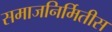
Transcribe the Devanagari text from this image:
समाजनिर्मितीस